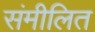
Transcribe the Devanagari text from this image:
संमीलित